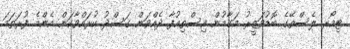
ޓިމޯރ ލެސްތޭގެ ބޮޑުވަޒީރު މަގާމުން އިސްތިއުފާ ދެއްވަން ގަސްދު ކުރައްވާކަން އެންމެ ފުރަތަމަ